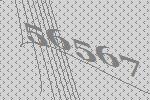
56567